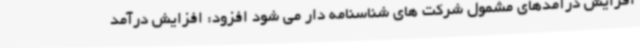
افزایش درآمدهای مشمول شرکت های شناسنامه دار می شود افزود: افزایش درآمد